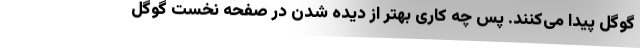
گوگل پیدا می‌کنند. پس چه کاری بهتر از دیده شدن در صفحه نخست گوگل